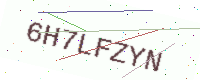
Text: 6H7LFZYN